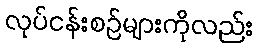
လုပ်ငန်းစဉ်များကိုလည်း